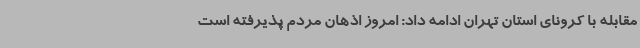
مقابله با کرونای استان تهران ادامه داد: امروز اذهان مردم پذیرفته است